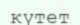
күтет